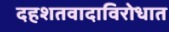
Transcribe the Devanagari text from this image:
दहशतवादाविरोधात